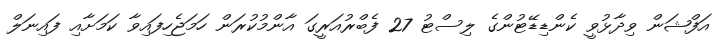
އަފްޝަން ވިދާޅުވީީ ކެންޑިޑޭޓުންގެ ލިސްޓު 27 ފެބްރުއަރީގަ އާންމުކުރަން ހަމަޖެހިފައިވާ ކަމަށާއި ފައިނަލް